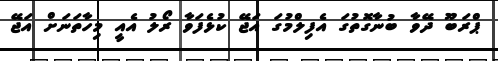
ޕްރަބޫ ދޭވާ ބުނާގޮތުގަ އެފިލްމުގަ އަޖޭ ކުޅެފަވާ ރޯލު އެއީ މިހާތަނަށް އަޖޭ